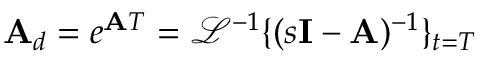
\mathbf { A } _ { d } = e ^ { \mathbf { A } T } = { \mathcal { L } } ^ { - 1 } \{ ( s \mathbf { I } - \mathbf { A } ) ^ { - 1 } \} _ { t = T }